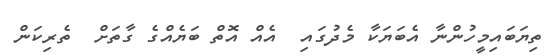
ތިޔަބައިމީހުންނާ އެބަޔަކާ މެދުގައި  އެއް އޮތް ބަޔެއްގެ ގާތަށް  ތެރިކަން